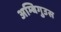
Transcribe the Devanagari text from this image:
अम्बिगुउस